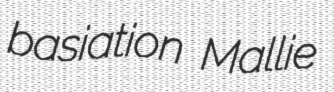
basiation Mallie